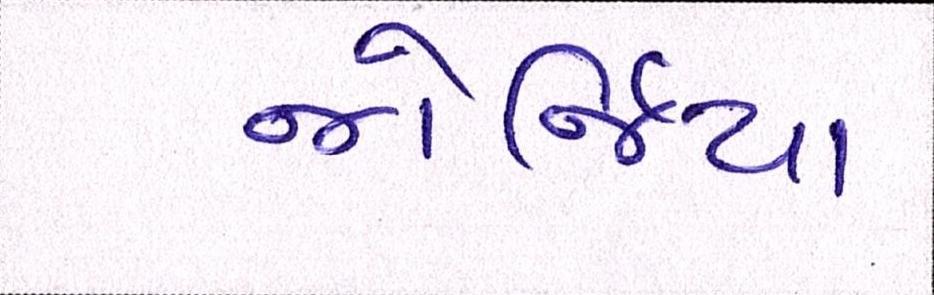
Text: જોર્જિયા